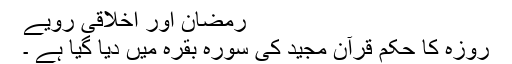
رمضان اور اخلاقی رویے
روزہ کا حکم قرآن مجید کی سورہ بقرہ میں دیا گیا ہے ۔